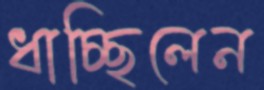
ধাচ্ছিলেন